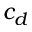
c _ { d }